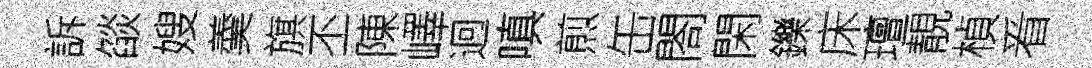
訴燄嫂羮旗丕陳嶧迥嗔煎缶閤閑鑠床璮靚楨㸔